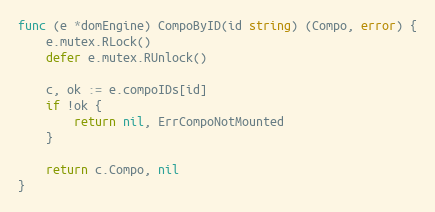
Language: Go
func (e *domEngine) CompoByID(id string) (Compo, error) {
	e.mutex.RLock()
	defer e.mutex.RUnlock()

	c, ok := e.compoIDs[id]
	if !ok {
		return nil, ErrCompoNotMounted
	}

	return c.Compo, nil
}